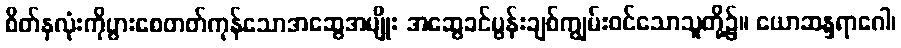
စိတ်နှလုံးကိုပွားစေတတ်ကုန်သောအဆွေအမျိုး အဆွေခင်ပွန်းချစ်ကျွမ်းဝင်သောသူတို့၌။ ယောဆန္ဒရာဂေါ၊